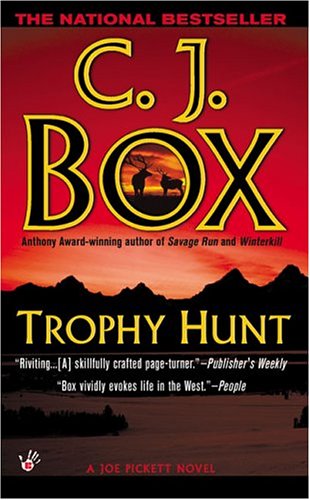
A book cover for Trophy Hunt (A Joe Pickett Novel); C. J. Box; Literature & Fiction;